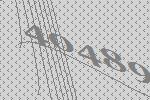
40489